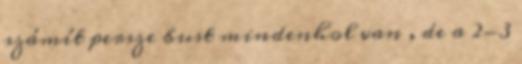
számít persze bust mindenhol van , de a 2-3